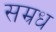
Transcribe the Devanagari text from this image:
सम्रध